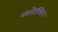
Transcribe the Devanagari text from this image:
थ्यरोक्सिन